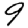
Digit: 9